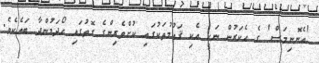
'އެނޮނިމަސް' ގެ ހެކަރުން ނަކީ އެކި ޤައުމުތަކުގައި ކުށްވެރިންގެ ގޮތުގައި ހޯދަމުންދާ ބައެކެވެ.